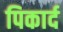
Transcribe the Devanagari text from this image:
पिकार्द